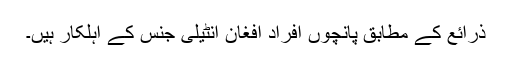
ذرائع کے مطابق پانچوں افراد افغان انٹیلی جنس کے اہلکار ہیں۔